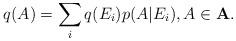
LaTeX: \begin{align*}q(A)=\sum_iq(E_i)p(A|E_i), A \in \bf{A}.\end{align*}